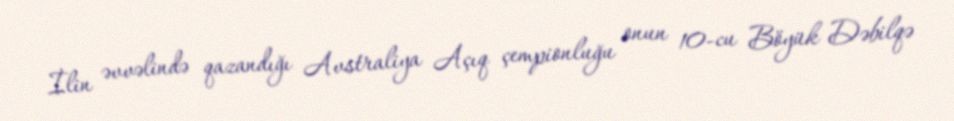
İlin əvvəlində qazandığı Avstraliya Açıq çempionluğu onun 10-cu Böyük Dəbilqə